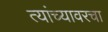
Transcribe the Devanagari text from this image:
त्यांच्यावरचा